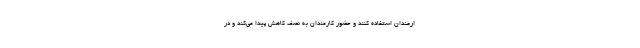
ارمندان استفاده کنند و حضور کارمندان به نصف کاهش پیدا می‌کند و در